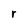
Character: r